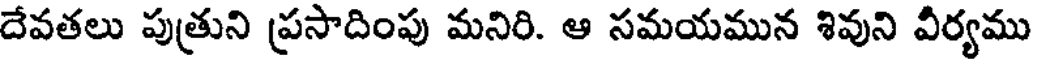
దేవతలు పుత్రుని ప్రసాదింపు మనిరి. ఆ సమయమున శివుని వీర్యము